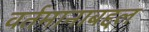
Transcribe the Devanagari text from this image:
वर्तमानाबद्दल